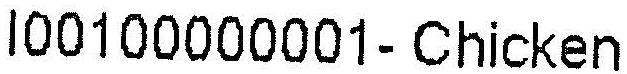
I00100000001-CHICKEN